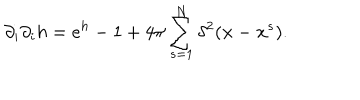
LaTeX: \partial _ { i } \partial _ { i } h = e ^ { h } - 1 + 4 \pi \sum _ { s = 1 } ^ { N } \delta ^ { 2 } ( { \bf { x } } - { \bf { x } } ^ { s } ) .